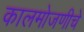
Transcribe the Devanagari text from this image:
कालमोजणीचे